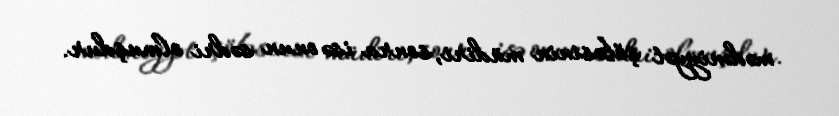
mədəniyyət şöbəsinin müdiri, sonra isə onun sədri olmuşdur.